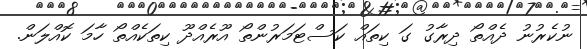
ނުކެރުނު ދެއްތޯ ދިރާގު ގަ ކިތައް ކަސްޓަމަރުންތޯ އޫރެއްދޫ ކިތަކެއްތޯ ހާމަ ކޮއްލަން.